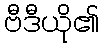
ဗီဒီယို၏